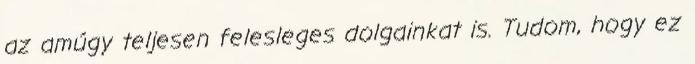
az amúgy teljesen felesleges dolgainkat is. Tudom, hogy ez